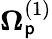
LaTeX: \boldsymbol{\Omega}_{\mathsf{p}}^{(1)}